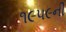
૧૯૫૯ની